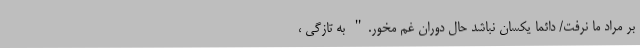
بر مراد ما نرفت/ دائما یکسان نباشد حال دوران غم مخور." به تازگی ،